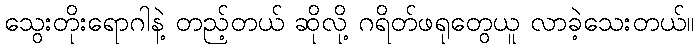
သွေးတိုးရောဂါနဲ့ တည့်တယ် ဆိုလို့ ဂရိတ်ဖရုတွေယူ လာခဲ့သေးတယ်။